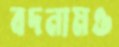
বদনামও